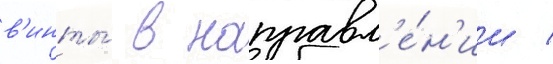
в'инты́ в направл'е́н'ии /